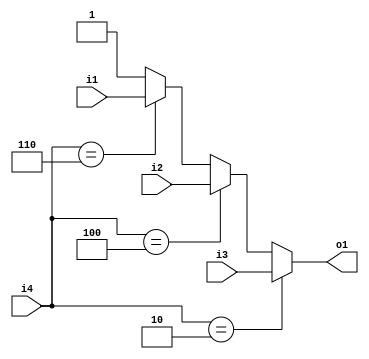
module cf_fft_1024_8_35 (i1, i2, i3, i4, o1);
input  i1;
input  i2;
input  i3;
input  [2:0] i4;
output o1;
wire   [2:0] n1;
wire   [2:0] n2;
wire   [2:0] n3;
wire   n4;
wire   n5;
wire   n6;
wire   n7;
wire   n8;
wire   n9;
wire   n10;
assign n1 = 3'b010;
assign n2 = 3'b100;
assign n3 = 3'b110;
assign n4 = i4 == n1;
assign n5 = i4 == n2;
assign n6 = i4 == n3;
assign n7 = n6 ? i1 : n10;
assign n8 = n5 ? i2 : n7;
assign n9 = n4 ? i3 : n8;
assign n10 = 1'b1;
assign o1 = n9;
endmodule